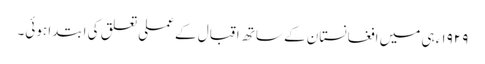
١٩٢٩ء ہی میں افغانستان کے ساتھ اقبال کے عملی تعلق کی ابتدا ہوئی۔